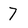
Character: 7